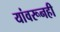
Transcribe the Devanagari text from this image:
यांवरूनही